Report of the Indian Hemp Drugs Commission, 1894-1895 - Volume IV
Year: 1894
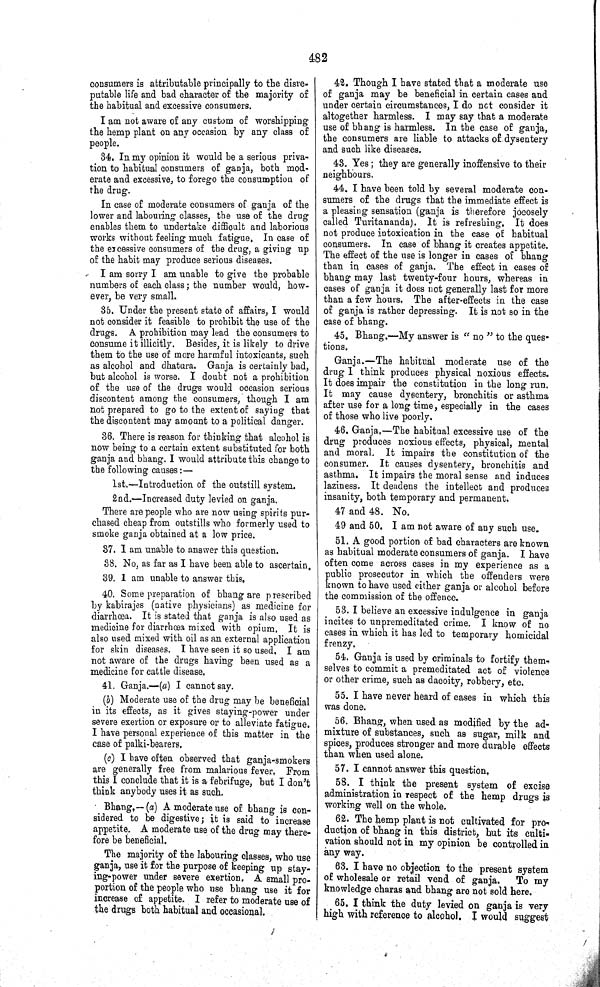
482
consumers is attributable principally to the disre-
putable life and bad character of the majority of
the habitual and excessive consumers.
I am not aware of any custom of worshipping
the hemp plant on any occasion by any class of
people.
34. In my opinion it would be a serious priva-
tion to habitual consumers of ganja, both mod-
erate and excessive, to forego the consumption of
the drug.
In case of moderate consumers of ganja of the
lower and labouring classes, the use of the drug
enables them to undertake difficult and laborious
works without feeling much fatigue. In case of
the excessive consumers of the drug, a giving up
of the habit may produce serious diseases.
I am sorry I am unable to give the probable
numbers of each class; the number would, how-
ever, be very small.
35. Under the present state of affairs, I would
not consider it feasible to prohibit the use of the
drugs. A prohibition may lead the consumers to
consume it illicitly. Besides, it is likely to drive
them to the use of more harmful intoxicants, such
as alcohol and dhatura. Ganja is certainly bad,
but alcohol is worse. I doubt not a prohibition
of the use of the drugs would occasion serious
discontent among the consumers, though I am
not prepared to go to the extent of saying that
the discontent may amount to a political danger.
36. There is reason for thinking that alcohol is
now being to a certain extent substituted for both
ganja and bhang. I would attribute this change to
the following causes:—
1st.—Introduction of the outstill system.
2nd.—Increased duty levied on ganja.
There are people who are now using spirits pur-
chased cheap from outstills who formerly used to
smoke ganja obtained at a low price.
37. I am unable to answer this question.
38. No, as far as I have been able to ascertain.
39. 1 am unable to answer this.
40. Some preparation of bhang are prescribed
by kabirajes (native physicians) as medicine for
diarrhœa. It is stated that ganja is also used as
medicine for diarrhœa mixed with opium. It is
also used mixed with oil as an external application
for skin diseases. I have seen it so used. I am
not aware of the drugs having been used as a
medicine for cattle disease.
41. Ganja.—(a) I cannot say.
(b) Moderate use of the drug may be beneficial
in its effects, as it gives staying-power under
severe exertion or exposure or to alleviate fatigue.
I have personal experience of this matter in the
case of palki-bearers.
(c) I have often observed that ganja-smokers
are generally free from malarious fever, From
this I conclude that it is a febrifuge, but I don't
think anybody uses it as such.
Bhang.—(a) A moderate use of bhang is con-
sidered to be digestive; it is said to increase
appetite. A moderate use of the drug may there-
fore be beneficial.
The majority of the labouring classes, who use
ganja, use it for the purpose of keeping up stay-
ing-power under severe exertion. A small pro-
portion of the people who use bhang use it for
increase of appetite. I refer to moderate use of
the drugs both habitual and occasional.
42. Though I have stated that a moderate use
of ganja may be beneficial in certain cases and
under certain circumstances, I do not consider it
altogether harmless. I may say that a moderate
use of bhang is harmless. In the case of ganja,
the consumers are liable to attacks of dysentery
and such like diseases.
43. Yes; they are generally inoffensive to their
neighbours.
44. I have been told by several moderate con-
sumers of the drugs that the immediate effect is
a pleasing sensation (ganja is therefore jocosely
called Turitananda). It is refreshing. It does
not produce intoxication in the case of habitual
consumers. In case of bhang it creates appetite.
The effect of the use is longer in cases of bhang
than in cases of ganja. The effect in cases of
bhang may last twenty-four hours, whereas in
cases of ganja it does not generally last for more
than a few hours, The after-effects in the case
of ganja is rather depressing. It is not so in the
case of bhang.
45. Bhang.—My answer is "no" to the ques-
tions.
Ganja.—The habitual moderate use of the
drug I think produces physical noxious effects.
It does impair the constitution in the long run.
It may cause dysentery, bronchitis or asthma
after use for a long time, especially in the cases
of those who live poorly.
46. Ganja.—The habitual excessive use of the
drug produces noxious effects, physical, mental
and moral. It impairs the constitution of the
consumer. It causes dysentery, bronchitis and
asthma. It impairs the moral sense and induces
laziness. It deadens the intellect and produces
insanity, both temporary and permanent.
47 and 48. No.
49 and 50. I am not aware of any such use.
51. A good portion of bad characters are known
as habitual moderate consumers of ganja. I have
often come across cases in my experience as a
public prosecutor in which the offenders were
known to have used either ganja or alcohol before
the commission of the offence.
53. I believe an excessive indulgence in ganja
incites to unpremeditated crime. I know of no
cases in which it has led to temporary homicidal
frenzy,
54. Ganja is used by criminals to fortify them-
selves to commit a premeditated act of violence
or other crime, such as dacoity, robbery, etc.
55. I have never heard of cases in which this
was done.
56. Bhang, when used as modified by the ad-
mixture of substances, such as sugar, milk and
spices, produces stronger and more durable effects
than when used alone.
57. I cannot answer this question,
58. I think the present system of excise
administration in respect of the hemp drugs is
working well on the whole.
62. The hemp plant is not cultivated for pro-
duction of bhang in this district, but its culti-
vation should not in my opinion be controlled in
any way.
63. I have no objection to the present system
of wholesale or retail vend of ganja.
To my
knowledge charas and bhang are not sold here.
65. I think the duty levied on ganja is very
high with reference to alcohol. I would suggest